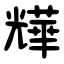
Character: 㒯